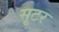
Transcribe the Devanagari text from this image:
सूटर